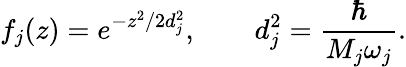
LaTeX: f_{j}(z)=e^{-z^{2}/2d_{j}^{2}},\qquad d_{j}^{2}=\frac{\hbar}{M_{j}\omega_{j}}.